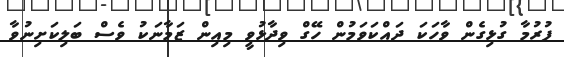
ފުރުމާ ގުޅިގެން ވާހަކަ ދައްކަވަމުން ހޭގް ވިދާޅުވީ މިއިން ޒަމާނަކު ވެސް ބަލިކަށިނުވާ